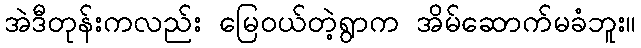
အဲဒီတုန်းကလည်း မြေဝယ်တဲ့ရွာက အိမ်ဆောက်မခံဘူး။